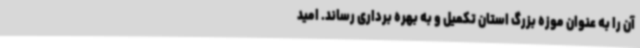
آن را به عنوان موزه بزرگ استان تکمیل و به بهره برداری رساند. امید